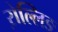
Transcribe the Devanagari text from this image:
ऱोल्लिङ